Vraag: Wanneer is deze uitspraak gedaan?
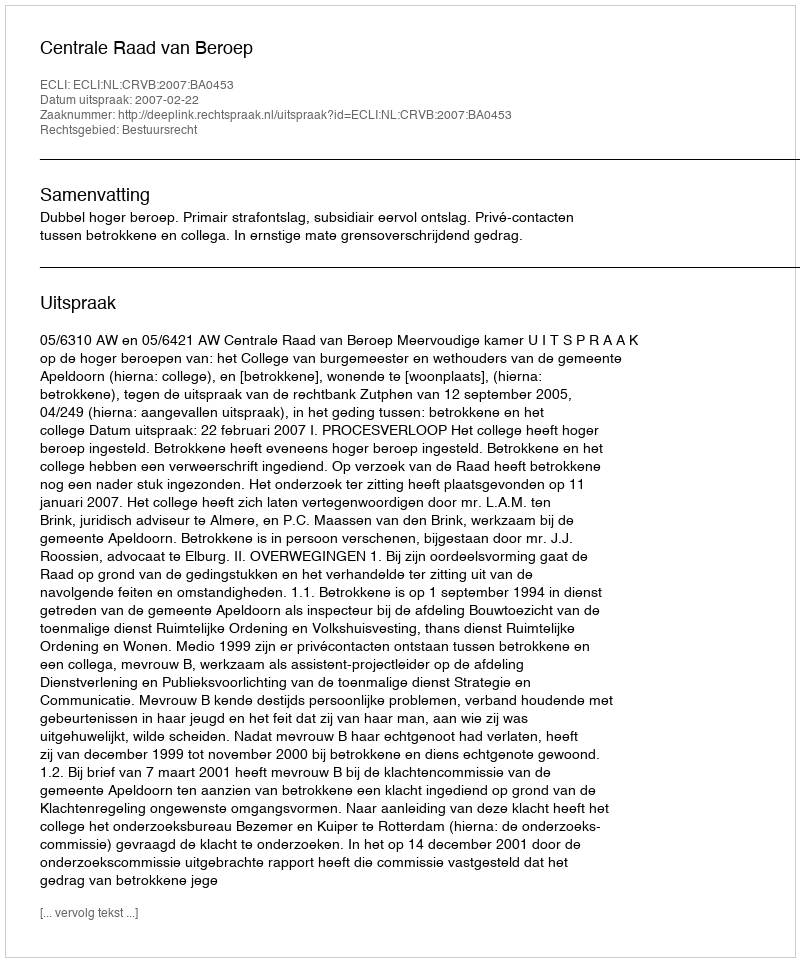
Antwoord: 2007-02-22